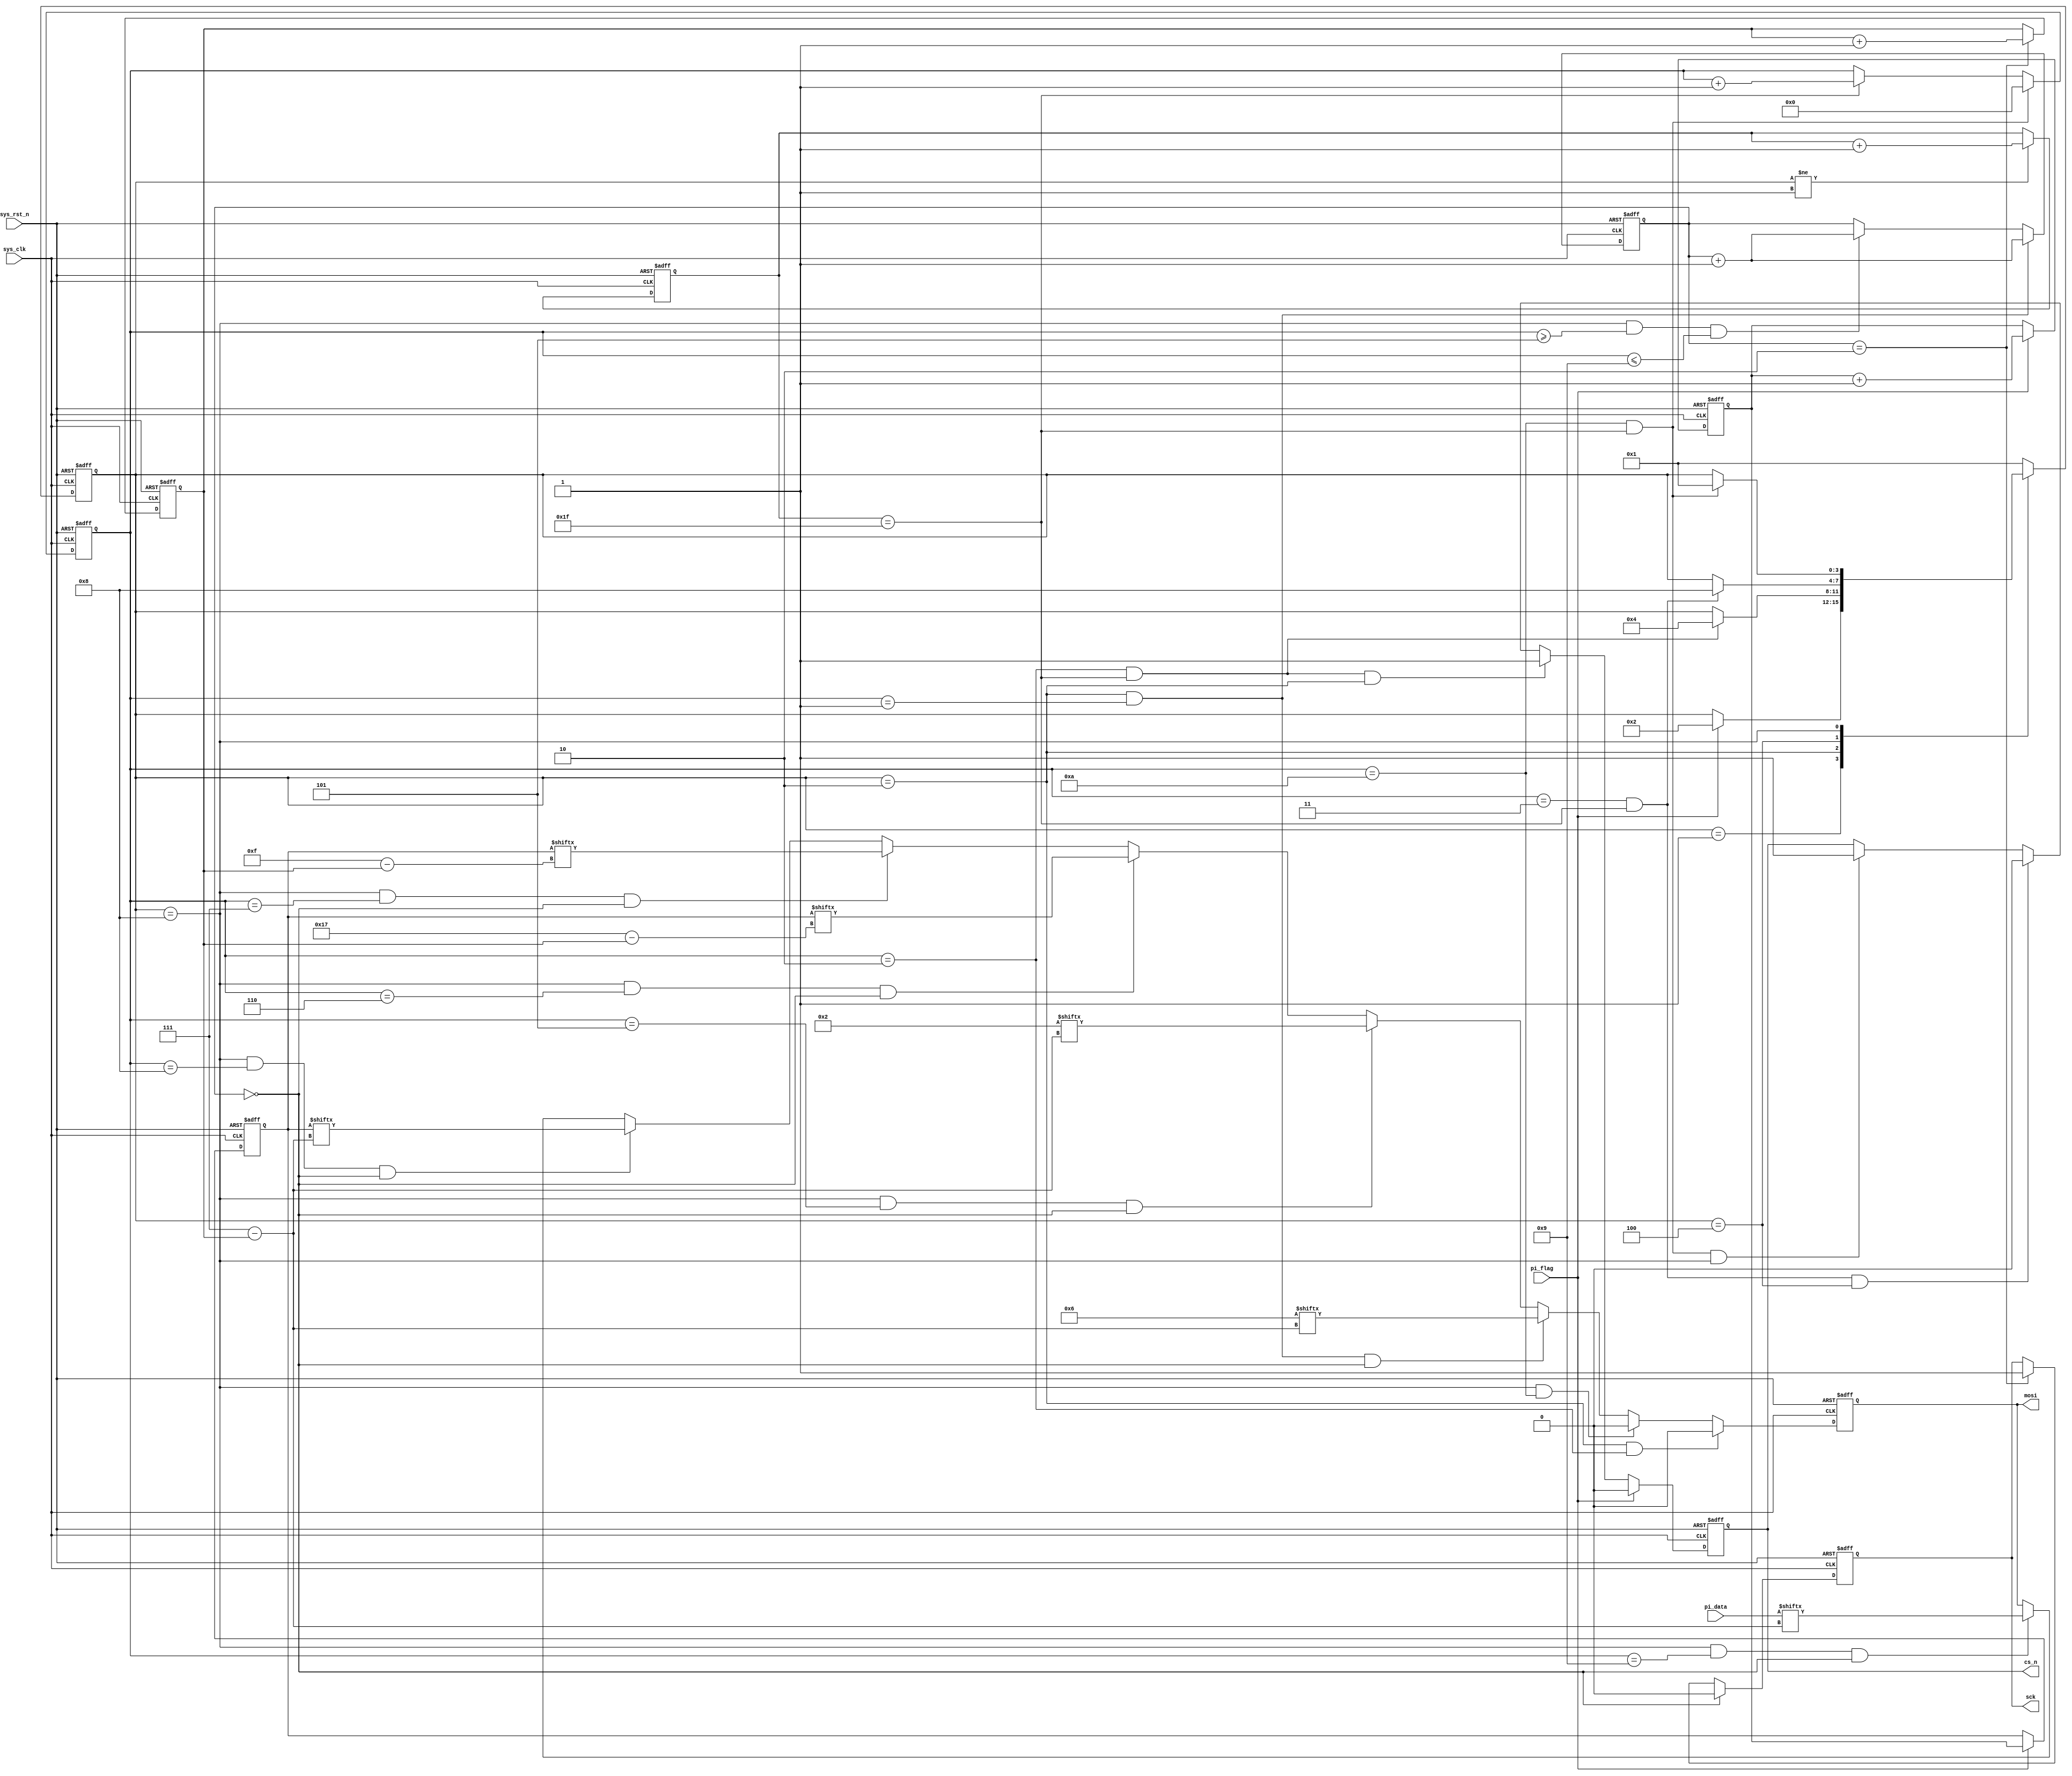
module  flash_seq_wr_ctrl
(
    input   wire            sys_clk     ,
    input   wire            sys_rst_n   ,
    input   wire            pi_flag     ,
    input   wire    [7:0]   pi_data     ,

    output  reg             cs_n        ,
    output  reg             sck         ,
    output  reg             mosi
);

parameter   IDLE  = 4'B0001,
            WREN  = 4'B0010,
            DELAY = 4'B0100,
            PP    = 4'B1000;

parameter   WREN_IN = 8'B0000_0110,
            PP_IN   = 8'B0000_0010,
            S_ADDR  = 8'B0000_0000,
            P_ADDR  = 8'B0000_0000,
            B_ADDR  = 8'B1101_0010;

reg     [3:0]   state   ;
reg     [4:0]   cnt_clk ;
reg     [15:0]  cnt_byte;
reg     [1:0]   cnt_sck ;
reg     [2:0]   cnt_bit ;
reg     [23:0]  addr_reg;
reg     [23:0]  addr    ;

always@(posedge sys_clk or negedge sys_rst_n)
    if(sys_rst_n == 1'b0)
        addr_reg    <=  {S_ADDR,P_ADDR,B_ADDR};
    else    if(pi_flag == 1'b1)
        addr_reg    <=  addr_reg + 1'b1;

always@(posedge sys_clk or negedge sys_rst_n)
    if(sys_rst_n == 1'b0)
        addr    <=  24'b0;
    else    if(pi_flag == 1'b1)
        addr    <=  addr_reg;

always@(posedge sys_clk or negedge sys_rst_n)
    if(sys_rst_n == 1'b0)
        state   <=  IDLE;
    else
        case(state)
            IDLE :if(pi_flag == 1'b1)
                    state   <=  WREN;
            WREN :if(cnt_byte == 4'd2 && cnt_clk == 5'd31)
                    state   <=  DELAY;
            DELAY:if(cnt_byte == 4'd3 && cnt_clk == 5'd31)
                    state   <=  PP;
            PP   :if(cnt_byte == 4'd10 && cnt_clk == 5'd31)
                    state   <=  IDLE;
            default:state   <=  IDLE;
        endcase

always@(posedge sys_clk or negedge sys_rst_n)
    if(sys_rst_n == 1'b0)
        cnt_clk <=  5'd0;
    else    if(state != IDLE)
        cnt_clk <=  cnt_clk + 1'b1;

always@(posedge sys_clk or negedge sys_rst_n)
    if(sys_rst_n == 1'b0)
        cnt_byte    <=  16'd0;
    else    if(cnt_byte == 16'd10 && cnt_clk == 5'd31)
        cnt_byte    <=  16'd0;
    else    if(cnt_clk == 5'd31)
        cnt_byte    <=  cnt_byte + 1'b1;

always@(posedge sys_clk or negedge sys_rst_n)
    if(sys_rst_n == 1'b0)
        cnt_sck <=  2'd0;
    else    if(state == WREN && cnt_byte == 16'd1)
        cnt_sck <=  cnt_sck + 1'b1;
    else    if(state == PP && cnt_byte >= 16'd5 && cnt_byte <= 16'd9 )
        cnt_sck <=  cnt_sck + 1'b1;

always@(posedge sys_clk or negedge sys_rst_n)
    if(sys_rst_n == 1'b0)
        cnt_bit <=  3'd0;
    else    if(cnt_sck == 2'd2)
        cnt_bit <=  cnt_bit + 1'b1;

always@(posedge sys_clk or negedge sys_rst_n)
    if(sys_rst_n == 1'b0)
        cs_n    <=  1'b1;
    else    if(pi_flag == 1'b1)
        cs_n    <=  1'b0;
    else    if(cnt_byte == 16'd2 && cnt_clk == 5'd31 && state == WREN)
        cs_n    <=  1'b1;
    else    if(cnt_byte == 16'd3 && cnt_clk == 5'd31 && state == DELAY)
        cs_n    <=  1'b0;
    else    if(cnt_byte == 16'd10 && cnt_clk == 5'd31 && state == PP)
        cs_n    <=  1'b1;

always@(posedge sys_clk or negedge sys_rst_n)
    if(sys_rst_n == 1'b0)
        mosi    <=  1'b0;
    else    if(state == WREN && cnt_byte == 16'd2)
        mosi    <=  1'b0;
    else    if(state == PP && cnt_byte == 16'd10 )
        mosi    <=  1'b0;
    else    if(state == WREN && cnt_byte == 4'd1 && cnt_sck == 2'd0)
        mosi    <=  WREN_IN[7 - cnt_bit];
    else    if(state == PP && cnt_byte == 4'd5 && cnt_sck == 2'd0)
        mosi    <=  PP_IN[7 - cnt_bit];
    else    if(state == PP && cnt_byte == 4'd6 && cnt_sck == 2'd0)
        mosi    <=  addr[23 - cnt_bit];
    else    if(state == PP && cnt_byte == 4'd7 && cnt_sck == 2'd0)
        mosi    <=  addr[15 - cnt_bit];
    else    if(state == PP && cnt_byte == 4'd8 && cnt_sck == 2'd0)
        mosi    <=  addr[7 - cnt_bit];
    else    if(state == PP && (cnt_byte == 16'd9) && cnt_sck == 2'd0)
        mosi    <=  pi_data[7 - cnt_bit];

always@(posedge sys_clk or negedge sys_rst_n)
    if(sys_rst_n == 1'b0)
        sck <=  1'b0;
    else    if(cnt_sck == 2'd0)
        sck <=  1'b0;
    else    if(cnt_sck == 2'd2)
        sck <=  1'b1;

endmodule